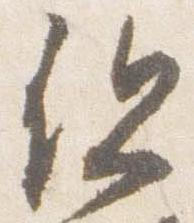
但